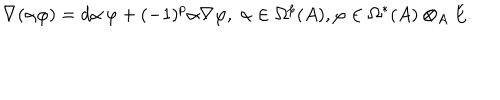
\nabla ( \alpha \varphi ) = d \alpha \, \varphi + ( - 1 ) ^ { p } \alpha \nabla \varphi , \; \alpha \in \Omega ^ { p } ( A ) , \varphi \in \Omega ^ { * } ( A ) \otimes _ { A } E .